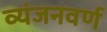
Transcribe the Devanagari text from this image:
व्यंजनवर्ण